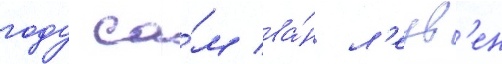
году са́м ва́н л'еув'ен